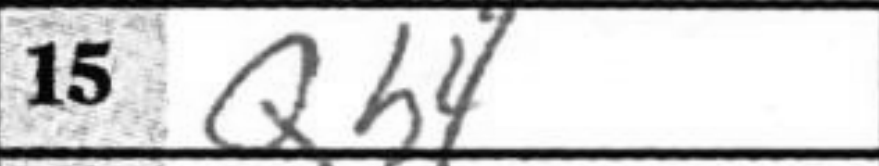
Transcription: Qh4